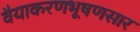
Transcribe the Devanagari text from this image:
वैयाकरणभूषणसार